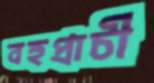
বহুপ্রাচী